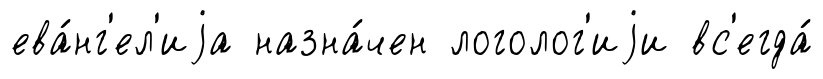
ева́нг'ел'иjа назна́чен логолог'иjи вс'егда́